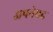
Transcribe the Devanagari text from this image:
अपनेपद